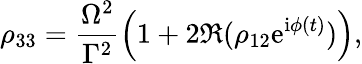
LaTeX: \rho_{33}=\frac{\Omega^{2}}{\Gamma^{2}}\left(1+2\Re(\rho_{12}\mathrm{e}^{\mathrm{i}\phi(t)})\right),